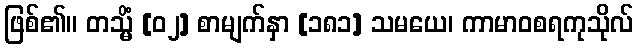
ဖြစ်၏။ တသ္မိံ [၀၂] စာမျက်နှာ [၁၈၁] သမယေ၊ ကာမာဝစရကုသိုလ်